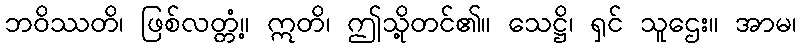
ဘဝိဿတိ၊ ဖြစ်လတ္တံ့။ ဣတိ၊ ဤသို့တင်၏။ သေဋ္ဌိ၊ ရှင် သူဌေး။ အာမ၊